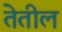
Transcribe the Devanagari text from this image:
तेतील